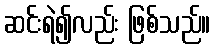
ဆင်းရဲ၍လည်း ဖြစ်သည်။